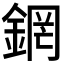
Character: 龬